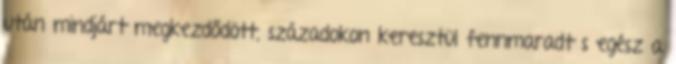
után mindjárt megkezdődött, századokon keresztül fennmaradt s egész a